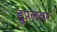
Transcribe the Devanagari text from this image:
ड्रुपलवर